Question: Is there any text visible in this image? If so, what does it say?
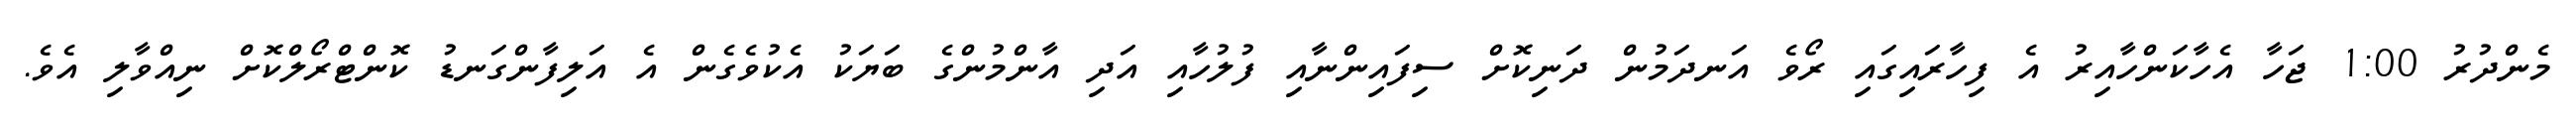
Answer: މެންދުރު 1:00 ޖަހާ އެހާކަންހާއިރު އެ ފިހާރައިގައި ރޯވެ އަނދަމުން ދަނިކޮށް ސިފައިންނާއި ފުލުހާއި އަދި އާންމުންގެ ބަޔަކު އެކުވެގެން އެ އަލިފާންގަނޑު ކޮންޓްރޯލްކޮށް ނިއްވާލި އެވެ.